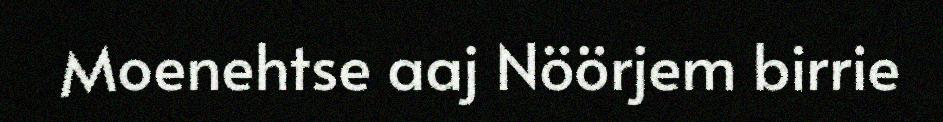
Moenehtse aaj Nöörjem birrie